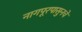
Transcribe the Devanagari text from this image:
नागपूरपासुनचे